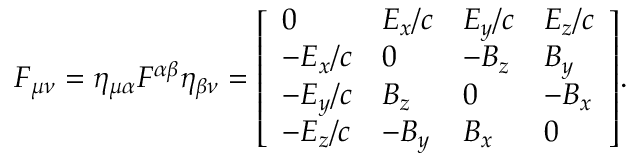
F _ { \mu \nu } = \eta _ { \mu \alpha } F ^ { \alpha \beta } \eta _ { \beta \nu } = { \left[ \begin{array} { l l l l } { 0 } & { E _ { x } / c } & { E _ { y } / c } & { E _ { z } / c } \\ { - E _ { x } / c } & { 0 } & { - B _ { z } } & { B _ { y } } \\ { - E _ { y } / c } & { B _ { z } } & { 0 } & { - B _ { x } } \\ { - E _ { z } / c } & { - B _ { y } } & { B _ { x } } & { 0 } \end{array} \right] } .